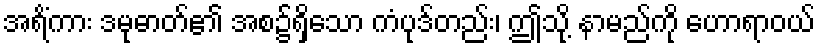
အရိံကား ဒမုဓာတ်၏ အစ၌ရှိသော ကံပုဒ်တည်း၊ ဤသို့ နာမည်ကို ဟောရာဝယ်